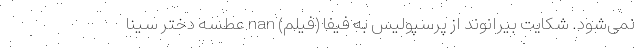
نمی‌شود. شکایت بیرانوند از پرسپولیس به فیفا (فیلم) nan عطسه دختر سینا